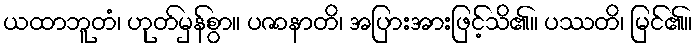
ယထာဘူတံ၊ ဟုတ်မှန်စွာ။ ပဇာနာတိ၊ အပြားအားဖြင့်သိ၏။ ပဿတိ၊ မြင်၏။